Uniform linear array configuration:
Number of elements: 8
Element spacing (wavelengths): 0.25
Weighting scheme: uniform
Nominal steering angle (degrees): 0
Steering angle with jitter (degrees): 1.15
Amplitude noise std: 0.05
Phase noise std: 0.05

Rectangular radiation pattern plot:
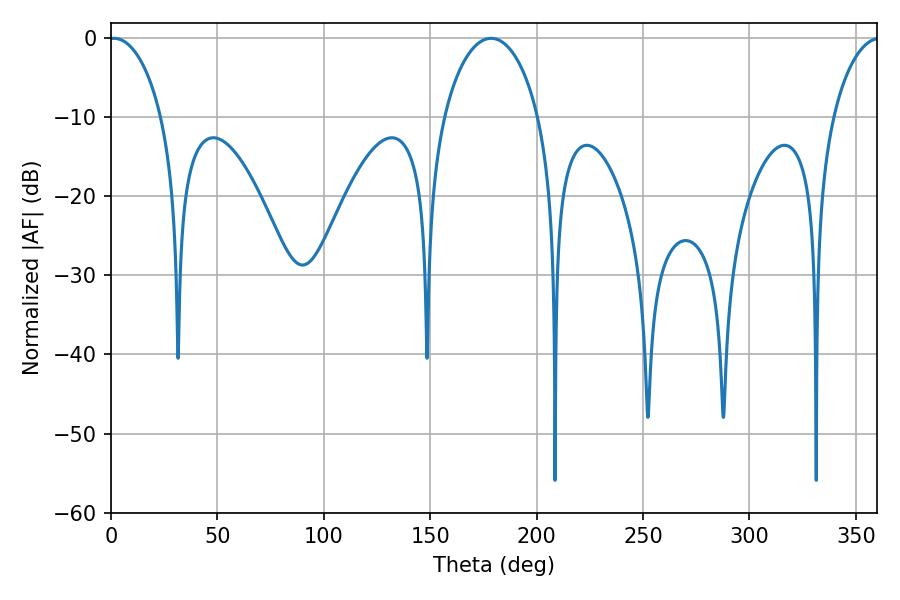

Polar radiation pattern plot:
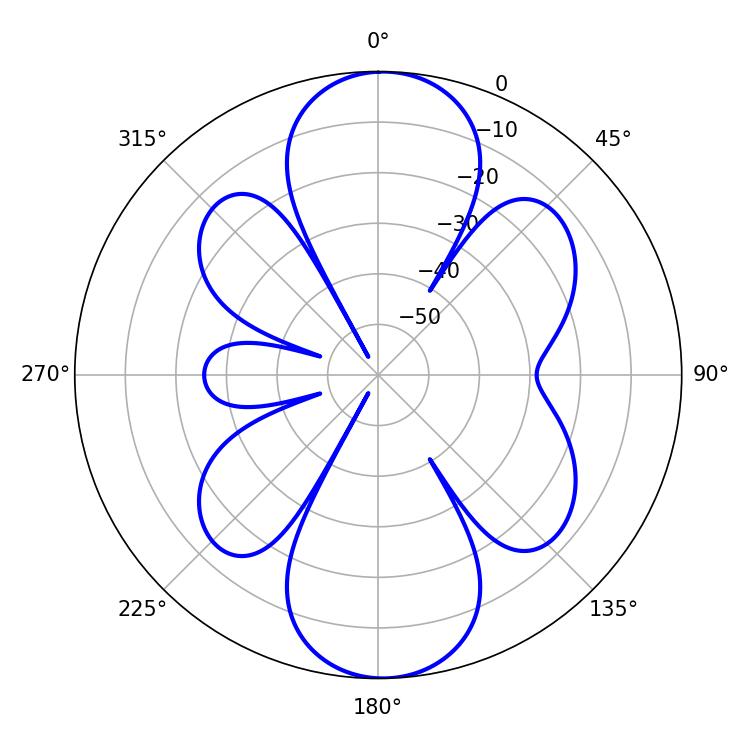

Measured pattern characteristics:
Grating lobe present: FALSE
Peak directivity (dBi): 17.434
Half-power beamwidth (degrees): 14.22
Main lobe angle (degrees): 1.44